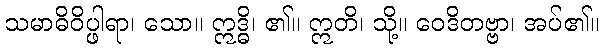
သမာဓိဝိပ္ဖါရာ၊ သော။ ဣဒ္ဓိ၊ ၏။ ဣတိ၊ သို့။ ဝေဒိတဗ္ဗာ၊ အပ်၏။